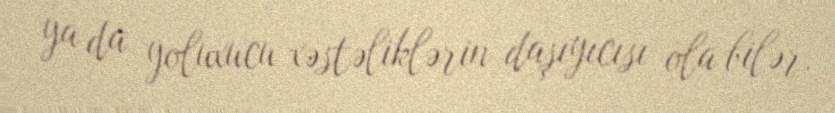
ya da yoluxucu xəstəliklərin daşıyıcısı ola bilər.